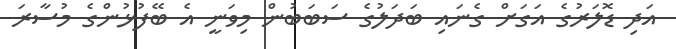
އަދި ޑޮލަރުގެ އަގަށް ގެނައި ބަދަލުގެ ސަބަބުން މިވަނީ އެ ބޭފުޅުންގެ މުސާރަ